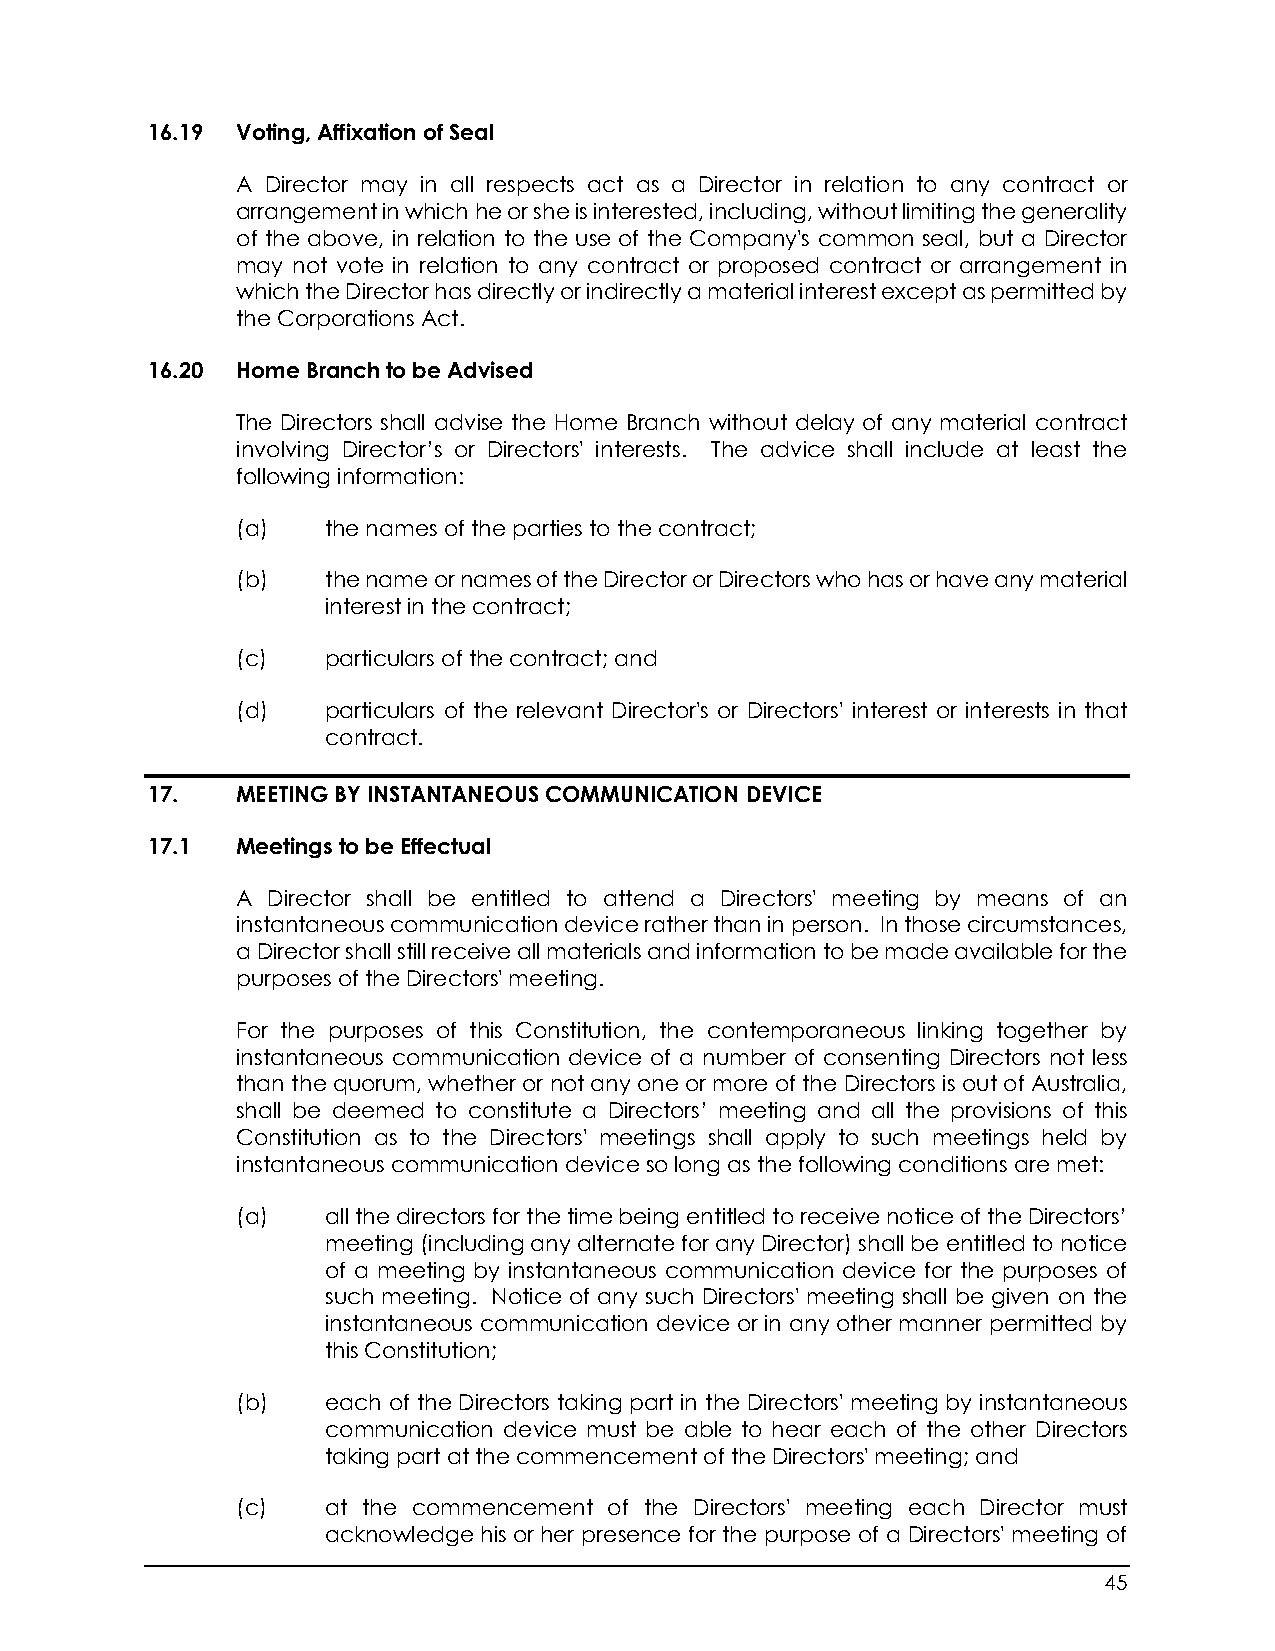
16.19 Voting, Affixation of Seal
 A Director may in all respects act as a Director in relation to any contract or
 arrangement in which he or she is interested, including, without limiting the generality
 of the above, in relation to the use of the Company's common seal, but a Director
 may not vote in relation to any contract or proposed contract or arrangement in
 which the Director has directly or indirectly a material interest except as permitted by
 the Corporations Act.
 16.20 Home Branch to be Advised
 The Directors shall advise the Home Branch without delay of any material contract
 involving Director’s or Directors' interests. The advice shall include at least the
 following information:
 (a)   the names of the parties to the contract;
 (b)   the name or names of the Director or Directors who has or have any material
 interest in the contract;
 (c)   particulars of the contract; and
 (d)   particulars of the relevant Director's or Directors' interest or interests in that
 contract.
 17.   MEETING BY INSTANTANEOUS COMMUNICATION DEVICE
 17.1  Meetings to be Effectual
 A Director shall be entitled to attend a Directors' meeting by means of an
 instantaneous communication device rather than in person. In those circumstances,
 a Director shall still receive all materials and information to be made available for the
 purposes of the Directors' meeting.
 For the purposes of this Constitution, the contemporaneous linking together by
 instantaneous communication device of a number of consenting Directors not less
 than the quorum, whether or not any one or more of the Directors is out of Australia,
 shall be deemed to constitute a Directors’ meeting and all the provisions of this
 Constitution as to the Directors' meetings shall apply to such meetings held by
 instantaneous communication device so long as the following conditions are met:
 (a)   all the directors for the time being entitled to receive notice of the Directors’
 meeting (including any alternate for any Director) shall be entitled to notice
 of a meeting by instantaneous communication device for the purposes of
 such meeting. Notice of any such Directors' meeting shall be given on the
 instantaneous communication device or in any other manner permitted by
 this Constitution;
 (b)   each of the Directors taking part in the Directors' meeting by instantaneous
 communication device must be able to hear each of the other Directors
 taking part at the commencement of the Directors' meeting; and
 (c)   at the commencement of the Directors' meeting each Director must
 acknowledge his or her presence for the purpose of a Directors' meeting of
 45